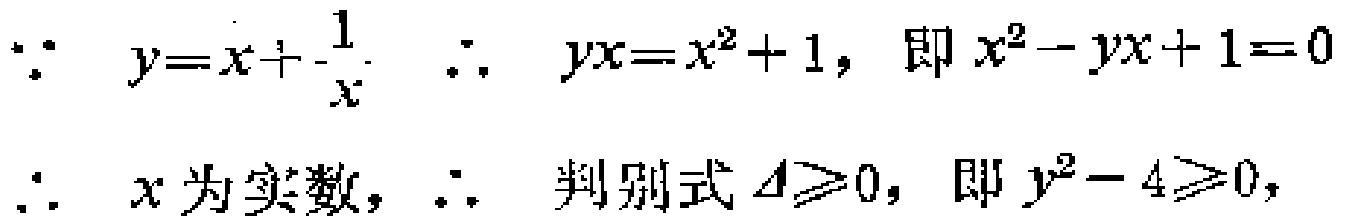
\(\because y = x+\frac{1}{x}\ \ \therefore yx = x^{2}+1,\text{ 即 }x^{2}-yx + 1 = 0\)
\(\because x\text{ 为实数},\ \therefore\text{ 判别式 }\Delta\geq0,\text{ 即 }y^{2}-4\geq0,\)